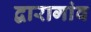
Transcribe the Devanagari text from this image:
द्वारागांव